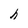
Character: h